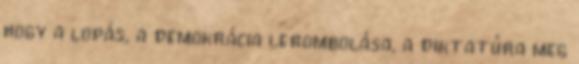
hogy a lopás, a demokrácia lerombolása, a diktatúra meg